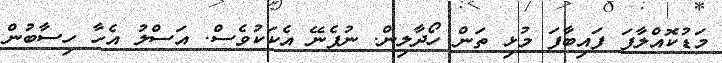
މަޑުކޮއްލާފަ ފައިބާފަ މުޅި ތަން ހޯދާލިން. ނުފެނޭ އެކަކުވެސް. އަސްލު އެހާ ހިސާބުން